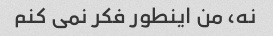
نه، من اینطور فکر نمی کنم